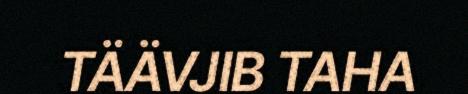
TÄÄVJIB TAHA